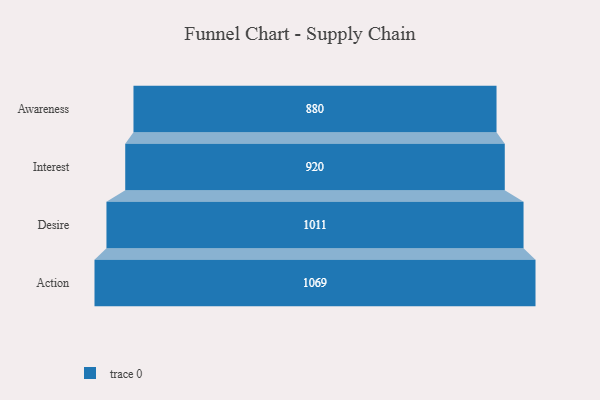
{"axis": {"x": "Stage", "y": "Value"}, "legend": [""], "data": [{"x": "Awareness", "y": 880.0, "type": ""}, {"x": "Interest", "y": 920.0, "type": ""}, {"x": "Desire", "y": 1011.0, "type": ""}, {"x": "Action", "y": 1069.0, "type": ""}]}